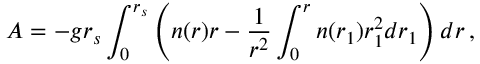
A = - g r _ { s } \int _ { 0 } ^ { r _ { s } } \left( n ( r ) r - \frac 1 { r ^ { 2 } } \int _ { 0 } ^ { r } n ( r _ { 1 } ) r _ { 1 } ^ { 2 } d r _ { 1 } \right) d r \, ,